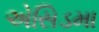
એસિડમા